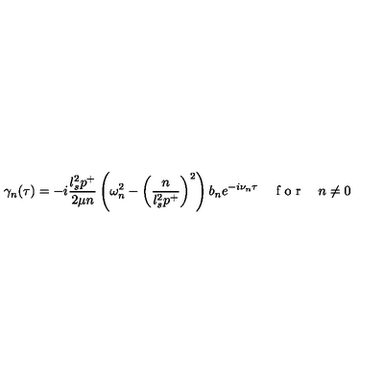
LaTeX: \gamma _ { n } ( \tau ) = - i \frac { l _ { s } ^ { 2 } p ^ { + } } { 2 \mu n } \left( \omega _ { n } ^ { 2 } - \left( \frac { n } { l _ { s } ^ { 2 } p ^ { + } } \right) ^ { 2 } \right) b _ { n } e ^ { - i \nu _ { n } \tau } \quad \textrm { f o r } \quad n \neq 0